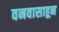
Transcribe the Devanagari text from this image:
वनवासाहून